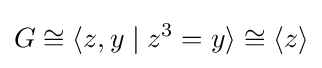
G\cong \langle z,y\mid z^{3}=y\rangle \cong \langle z\rangle